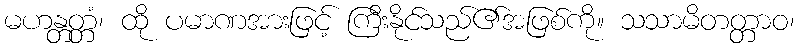
မဟန္တတ္တံ၊ ထို ပမာဏအားဖြင့် ကြီးနိုင်သည်၏အဖြစ်ကို။ သသာမိတတ္တာဝ၊